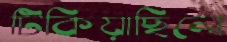
টিকিয়াছিলে